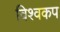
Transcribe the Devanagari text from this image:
विश्‍वकप